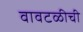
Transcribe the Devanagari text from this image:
वावटळीची